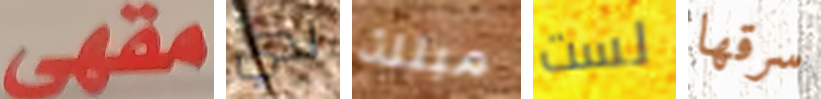
مقهى لدي مبتلة لست سرقها